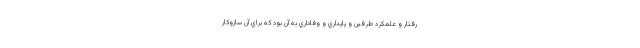
رفتار و علمكرد طرفين و پايداري و وفاداري به آن بود كه براي آن سازوكار